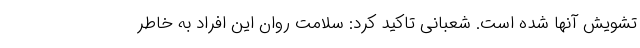
تشویش آنها شده است. شعبانی تاکید کرد: سلامت روان این افراد به خاطر